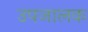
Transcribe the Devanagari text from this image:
उपजालक